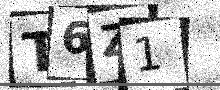
Text: T6Z1